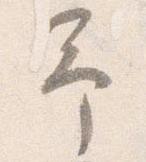
予